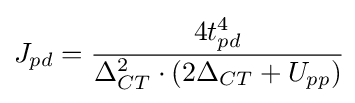
J_{pd}={\cfrac {4t_{pd}^{4}}{\Delta _{CT}^{2}\cdot \left(2\Delta _{CT}+U_{pp}\right)}}